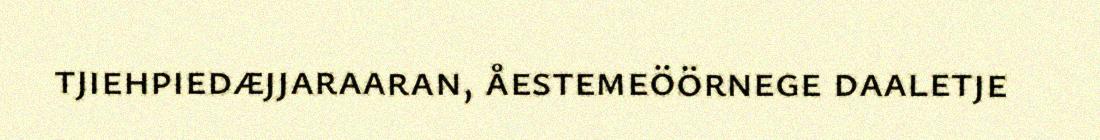
tjiehpiedæjjaraaran, åestemeöörnege daaletje